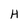
Character: H